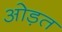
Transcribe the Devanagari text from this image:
ओड़त